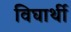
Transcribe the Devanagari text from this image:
विघार्थी